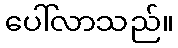
ပေါ်လာသည်။